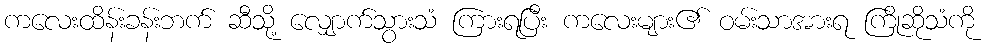
ကလေးထိန်းခန်းဘက် ဆီသို့ လျှောက်သွားသံ ကြားရပြီး ကလေးများ၏ ဝမ်းသာအားရ ကြိုဆိုသံကို